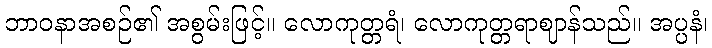
ဘာဝနာအစဉ်၏ အစွမ်းဖြင့်။ လောကုတ္တရံ၊ လောကုတ္တရာဈာန်သည်။ အပ္ပနံ၊